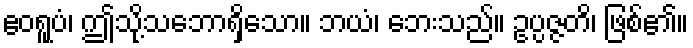
ဧဝရူပံ၊ ဤသို့သဘောရှိသော။ ဘယံ၊ ဘေးသည်။ ဥပ္ပဇ္ဇတိ၊ ဖြစ်၏။